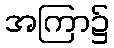
အကြာ၌